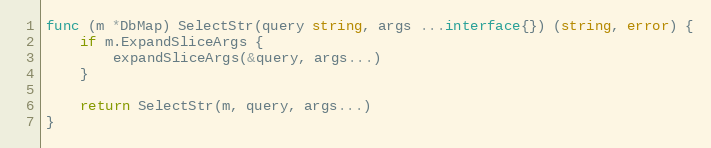
Language: Go
func (m *DbMap) SelectStr(query string, args ...interface{}) (string, error) {
	if m.ExpandSliceArgs {
		expandSliceArgs(&query, args...)
	}

	return SelectStr(m, query, args...)
}